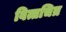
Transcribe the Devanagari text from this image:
वित्तचित्र